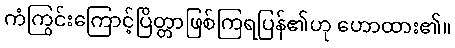
ကံကြွင်းကြောင့်ပြိတ္တာဖြစ်ကြရပြန်၏ဟု ဟောထား၏။